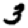
Digit: 3